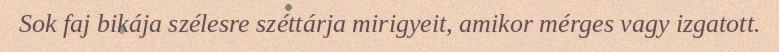
Sok faj bikája szélesre széttárja mirigyeit, amikor mérges vagy izgatott.